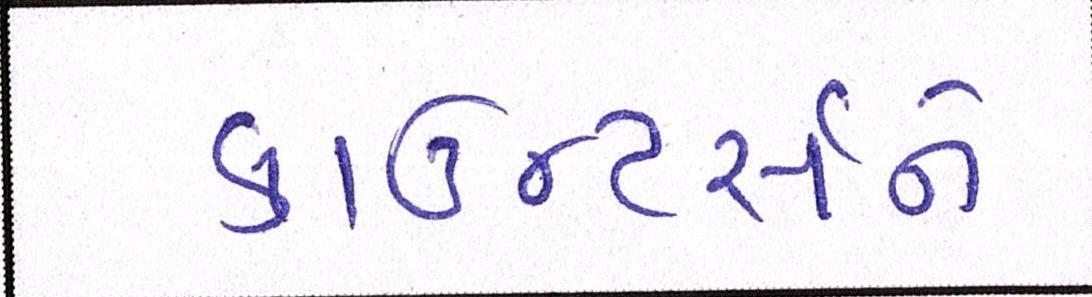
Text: કાઉન્ટર્સને